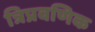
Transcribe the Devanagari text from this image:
त्रिप्रवणिक